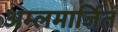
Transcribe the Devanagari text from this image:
अम्लमार्जित